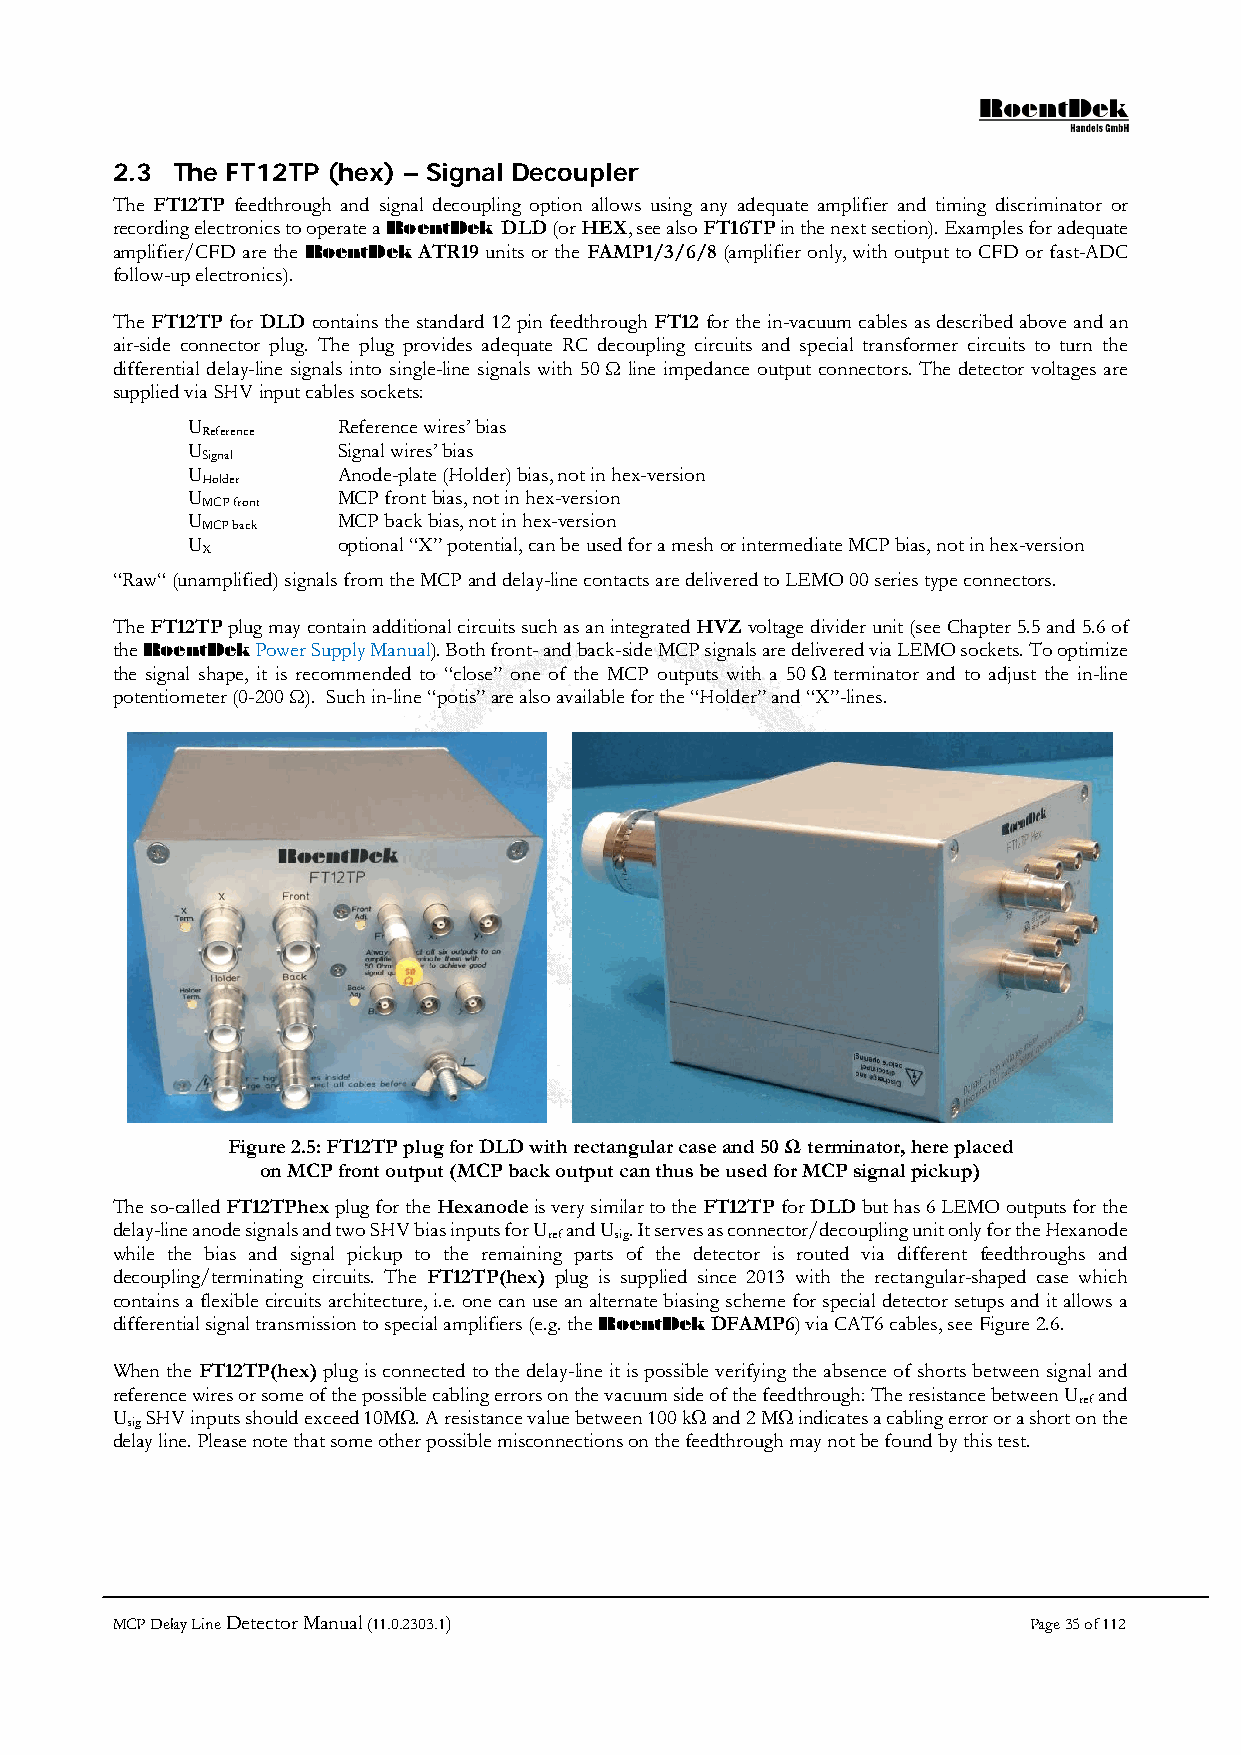
2.3 The FT12TP (hex) – Signal Decoupler
 The FT12TP feedthrough and signal decoupling option allows using any adequate amplifier and timing discriminator or
 recording electronics to operate a RoentDek DLD (or HEX, see also FT16TP in the next section). Examples for adequate
 amplifier/CFD are the RoentDek ATR19 units or the FAMP1/3/6/8 (amplifier only, with output to CFD or fast-ADC
 follow-up electronics).
 The FT12TP for DLD contains the standard 12 pin feedthrough FT12 for the in-vacuum cables as described above and an
 air-side connector plug. The plug provides adequate RC decoupling circuits and special transformer circuits to turn the
 differential delay-line signals into single-line signals with 50 Ω line impedance output connectors. The detector voltages are
 supplied via SHV input cables sockets:
 U         Reference wires’ bias
 Reference
 U         Signal wires’ bias
 Signal
 U         Anode-plate (Holder) bias, not in hex-version
 Holder
 U         MCP front bias, not in hex-version
 MCP front
 U         MCP back bias, not in hex-version
 MCP back
 U         optional “X” potential, can be used for a mesh or intermediate MCP bias, not in hex-version
 X
 “Raw“ (unamplified) signals from the MCP and delay-line contacts are delivered to LEMO 00 series type connectors.
 The FT12TP plug may contain additional circuits such as an integrated HVZ voltage divider unit (see Chapter 5.5 and 5.6 of
 the RoentDek Power Supply Manual). Both front- and back-side MCP signals are delivered via LEMO sockets. To optimize
 the signal shape, it is recommended to “close” one of the MCP outputs with a 50 Ω terminator and to adjust the in-line
 potentiometer (0-200 Ω). Such in-line “potis” are also available for the “Holder” and “X”-lines.
 Figure 2.5: FT12TP plug for DLD with rectangular case and 50 Ω terminator, here placed
 on MCP front output (MCP back output can thus be used for MCP signal pickup)
 The so-called FT12TPhex plug for the Hexanode is very similar to the FT12TP for DLD but has 6 LEMO outputs for the
 delay-line anode signals and two SHV bias inputs for U and U . It serves as connector/decoupling unit only for the Hexanode
 ref  sig
 while the bias and signal pickup to the remaining parts of the detector is routed via different feedthroughs and
 decoupling/terminating circuits. The FT12TP(hex) plug is supplied since 2013 with the rectangular-shaped case which
 contains a flexible circuits architecture, i.e. one can use an alternate biasing scheme for special detector setups and it allows a
 differential signal transmission to special amplifiers (e.g. the RoentDek DFAMP6) via CAT6 cables, see Figure 2.6.
 When the FT12TP(hex) plug is connected to the delay-line it is possible verifying the absence of shorts between signal and
 reference wires or some of the possible cabling errors on the vacuum side of the feedthrough: The resistance between U and
 ref
 U  SHV inputs should exceed 10MΩ. A resistance value between 100 kΩ and 2 MΩ indicates a cabling error or a short on the
 sig
 delay line. Please note that some other possible misconnections on the feedthrough may not be found by this test.
 MCP Delay Line Detector Manual (11.0.2303.1)                 Page 35 of 112